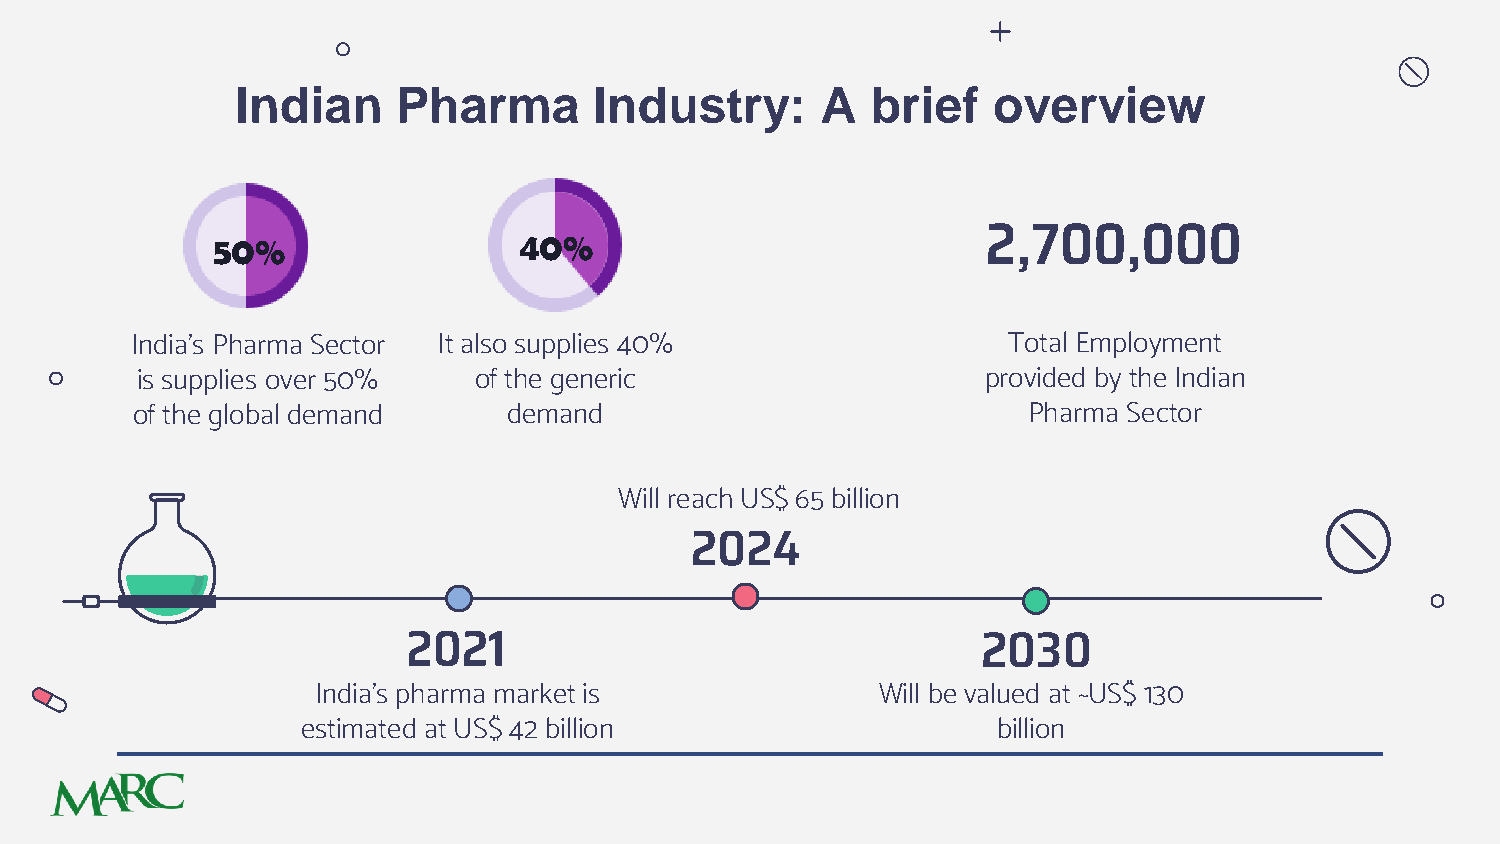
Indian    Pharma       Industry:      A   brief   overview
 50%                 40%                            2,700,000
 India’s Pharma Sector It also supplies 40%                Total Employment
 is supplies over 50%  of the generic                    provided by the Indian
 of the global demand     demand                            Pharma Sector
 Will reach US$ 65 billion
 2024
 2021                                  2030
 India’s pharma market is             Will be valued at ~US$ 130
 estimated at US$ 42 billion                   billion